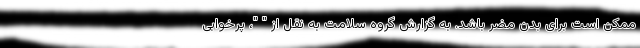
ممکن است برای بدن مضر باشد. به گزارش گروه سلامت به نقل از " "، پرخوابی